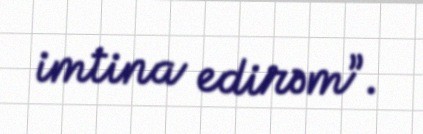
imtina edirəm”.